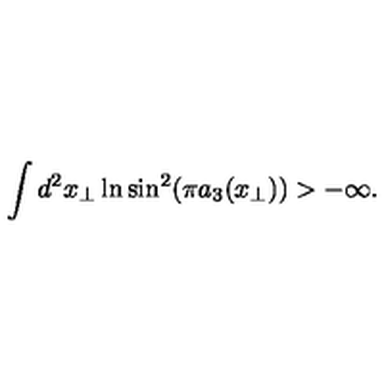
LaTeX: \int d ^ { 2 } x _ { \perp } \ln \sin ^ { 2 } ( \pi a _ { 3 } ( x _ { \perp } ) ) > - \infty .